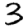
Digit: 3